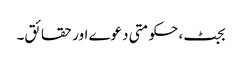
بجٹ، حکومتی دعوے اور حقائق۔